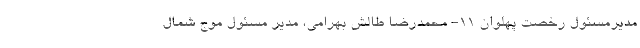
مدیرمسئول رخصت پهلوان ۱۱- محمدرضا طالش بهرامی، مدیر مسئول موج شمال